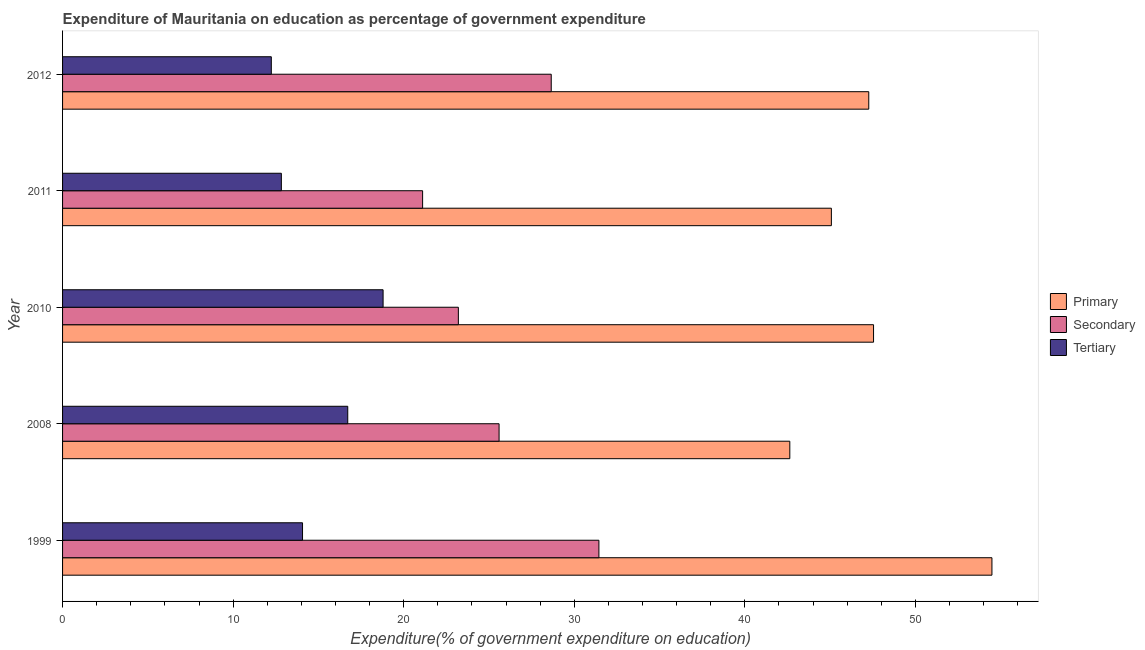
| Year | Primary | Secondary | Tertiary |
 | --- | --- | --- | --- |
 | 1999 | 54.5 | 31.4 | 14.1 |
 | 2008 | 42.6 | 25.6 | 16.7 |
 | 2010 | 47.5 | 23.2 | 18.8 |
 | 2011 | 45.1 | 21.1 | 12.8 |
 | 2012 | 47.3 | 28.6 | 12.2 |